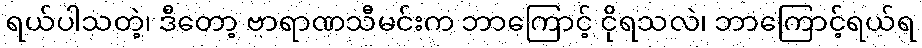
ရယ်ပါသတဲ့၊ ဒီတော့ ဗာရာဏသီမင်းက ဘာကြောင့် ငိုရသလဲ၊ ဘာကြောင့်ရယ်ရ